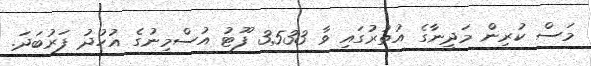
މަސް ކުރިން މަދީނާގެ އުތުރުގައި ވާ 3